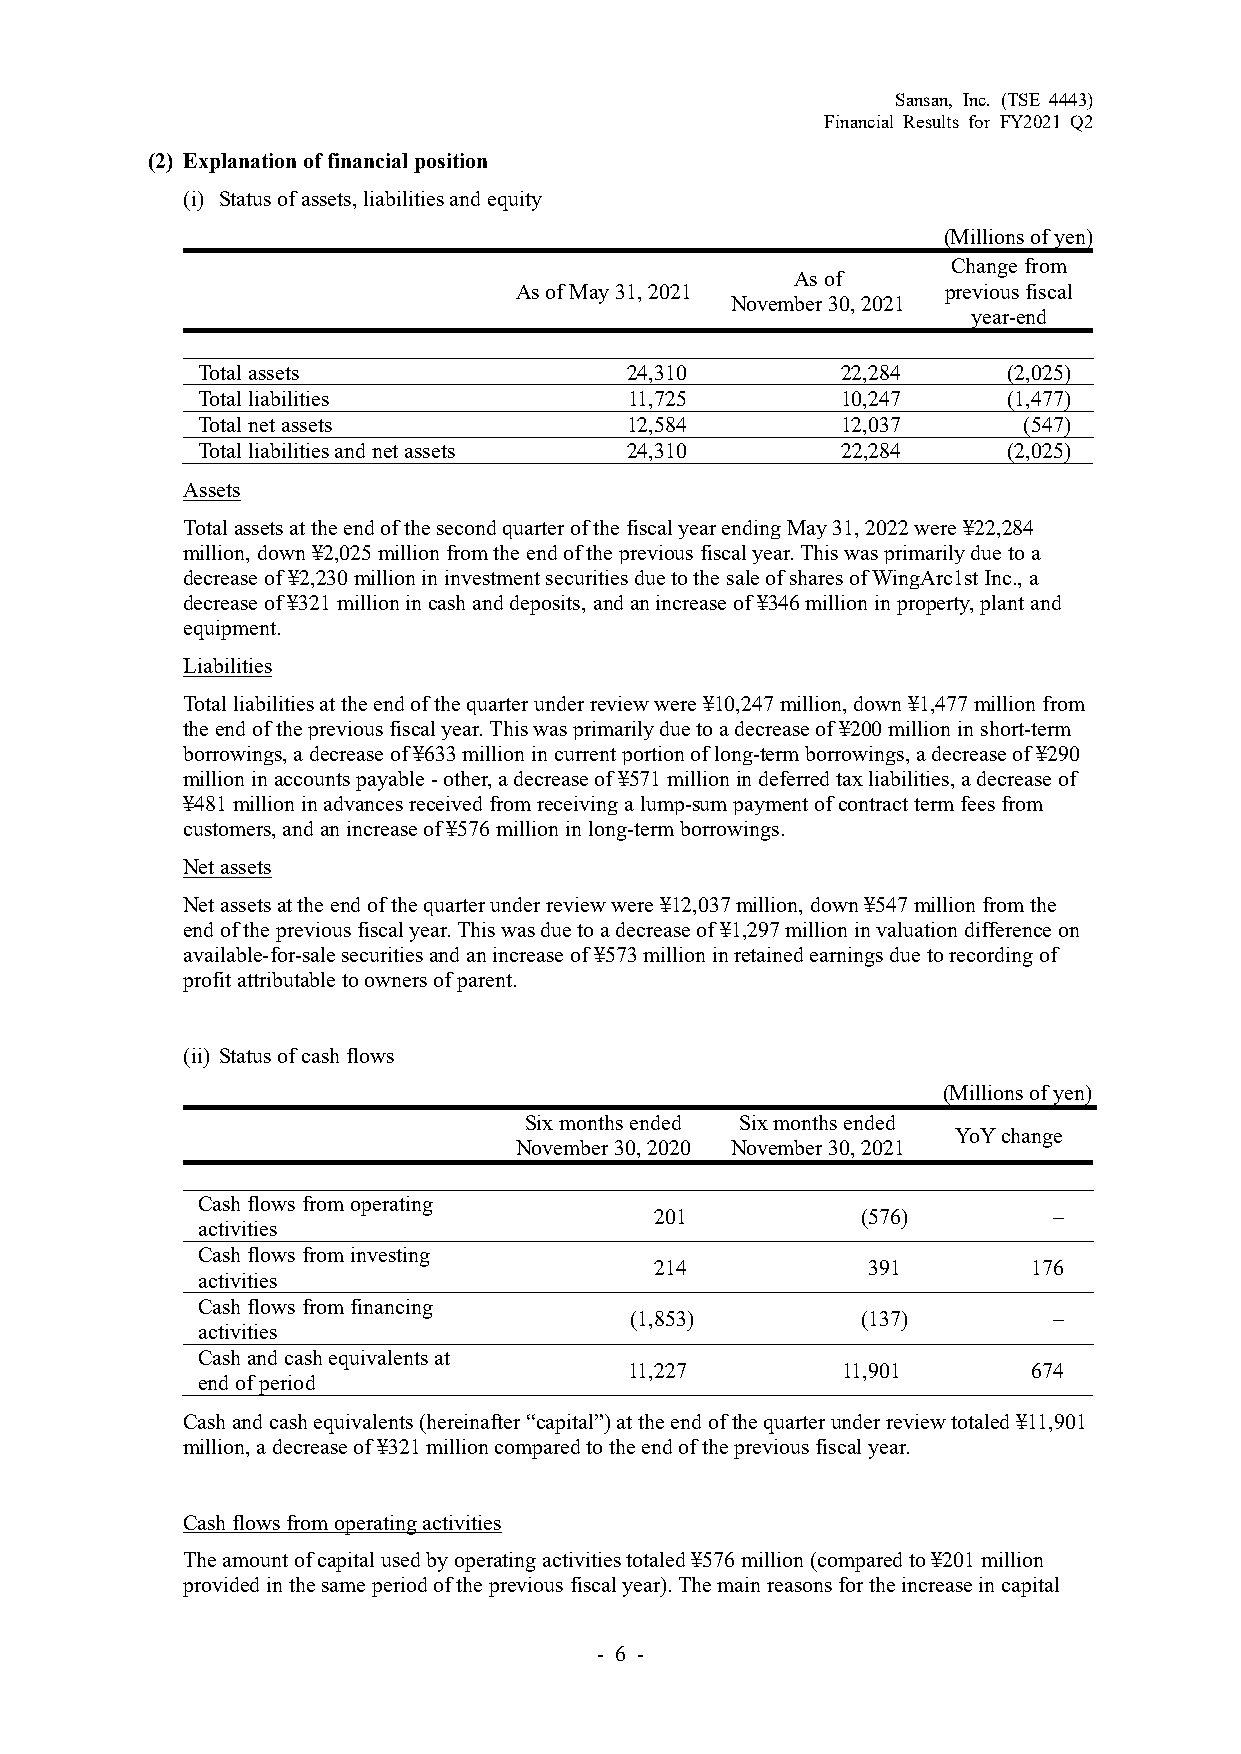
Sansan, Inc. (TSE 4443)
 Financial Results for FY2021 Q2
 (2) Explanation of financial position
 (i) Status of assets, liabilities and equity
 (Millions of yen)
 Change from
 As of
 As of May 31, 2021           previous fiscal
 November 30, 2021
 year-end
 Total assets                24,310         22,284     (2,025)
 Total liabilities            11,725        10,247     (1,477)
 Total net assets            12,584         12,037      (547)
 Total liabilities and net assets 24,310    22,284     (2,025)
 Assets
 Total assets at the end of the second quarter of the fiscal year ending May 31, 2022 were ¥22,284
 million, down ¥2,025 million from the end of the previous fiscal year. This was primarily due to a
 decrease of ¥2,230 million in investment securities due to the sale of shares of WingArc1st Inc., a
 decrease of ¥321 million in cash and deposits, and an increase of ¥346 million in property, plant and
 equipment.
 Liabilities
 Total liabilities at the end of the quarter under review were ¥10,247 million, down ¥1,477 million from
 the end of the previous fiscal year. This was primarily due to a decrease of ¥200 million in short-term
 borrowings, a decrease of ¥633 million in current portion of long-term borrowings, a decrease of ¥290
 million in accounts payable - other, a decrease of ¥571 million in deferred tax liabilities, a decrease of
 ¥481 million in advances received from receiving a lump-sum payment of contract term fees from
 customers, and an increase of ¥576 million in long-term borrowings.
 Net assets
 Net assets at the end of the quarter under review were ¥12,037 million, down ¥547 million from the
 end of the previous fiscal year. This was due to a decrease of ¥1,297 million in valuation difference on
 available-for-sale securities and an increase of ¥573 million in retained earnings due to recording of
 profit attributable to owners of parent.
 (ii) Status of cash flows
 (Millions of yen)
 Six months ended Six months ended
 YoY change
 November 30, 2020 November 30, 2021
 Cash flows from operating
 201           (576)        –
 activities
 Cash flows from investing
 214           391        176
 activities
 Cash flows from financing
 (1,853)        (137)        –
 activities
 Cash and cash equivalents at
 11,227        11,901      674
 end of period
 Cash and cash equivalents (hereinafter “capital”) at the end of the quarter under review totaled ¥11,901
 million, a decrease of ¥321 million compared to the end of the previous fiscal year.
 Cash flows from operating activities
 The amount of capital used by operating activities totaled ¥576 million (compared to ¥201 million
 provided in the same period of the previous fiscal year). The main reasons for the increase in capital
 - 6 -